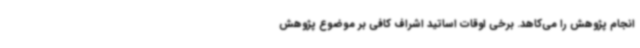
انجام پژوهش را می‌کاهد. برخی اوقات اساتید اشراف کافی بر موضوع پژوهش